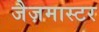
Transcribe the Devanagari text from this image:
जैज़मास्टर